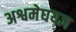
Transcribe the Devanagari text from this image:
अश्वमेघयज्ञ